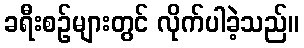
ခရီးစဉ်များတွင် လိုက်ပါခဲ့သည်။